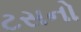
ટસનો